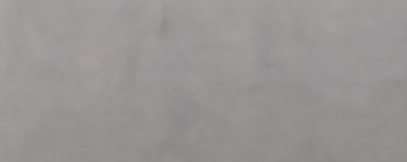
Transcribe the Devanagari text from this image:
केहिछैन